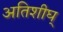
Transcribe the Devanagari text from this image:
अतिशीघ्